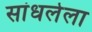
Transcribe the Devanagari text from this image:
सांधलेला